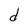
Character: d